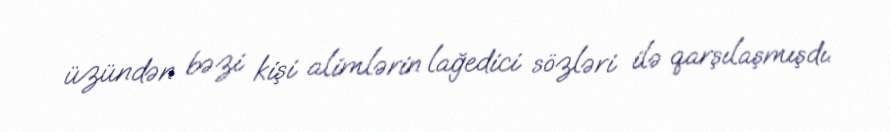
üzündən bəzi kişi alimlərin lağedici sözləri ilə qarşılaşmışdı.